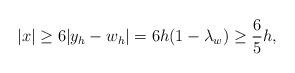
LaTeX: \begin{align*} |x|\geq 6|y_h-w_h| = 6h(1-\lambda_w)\geq \frac{6}{5}h,\end{align*}